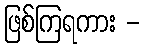
ဖြစ်ကြရကား -